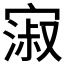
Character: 𫳺